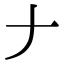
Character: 𠂇